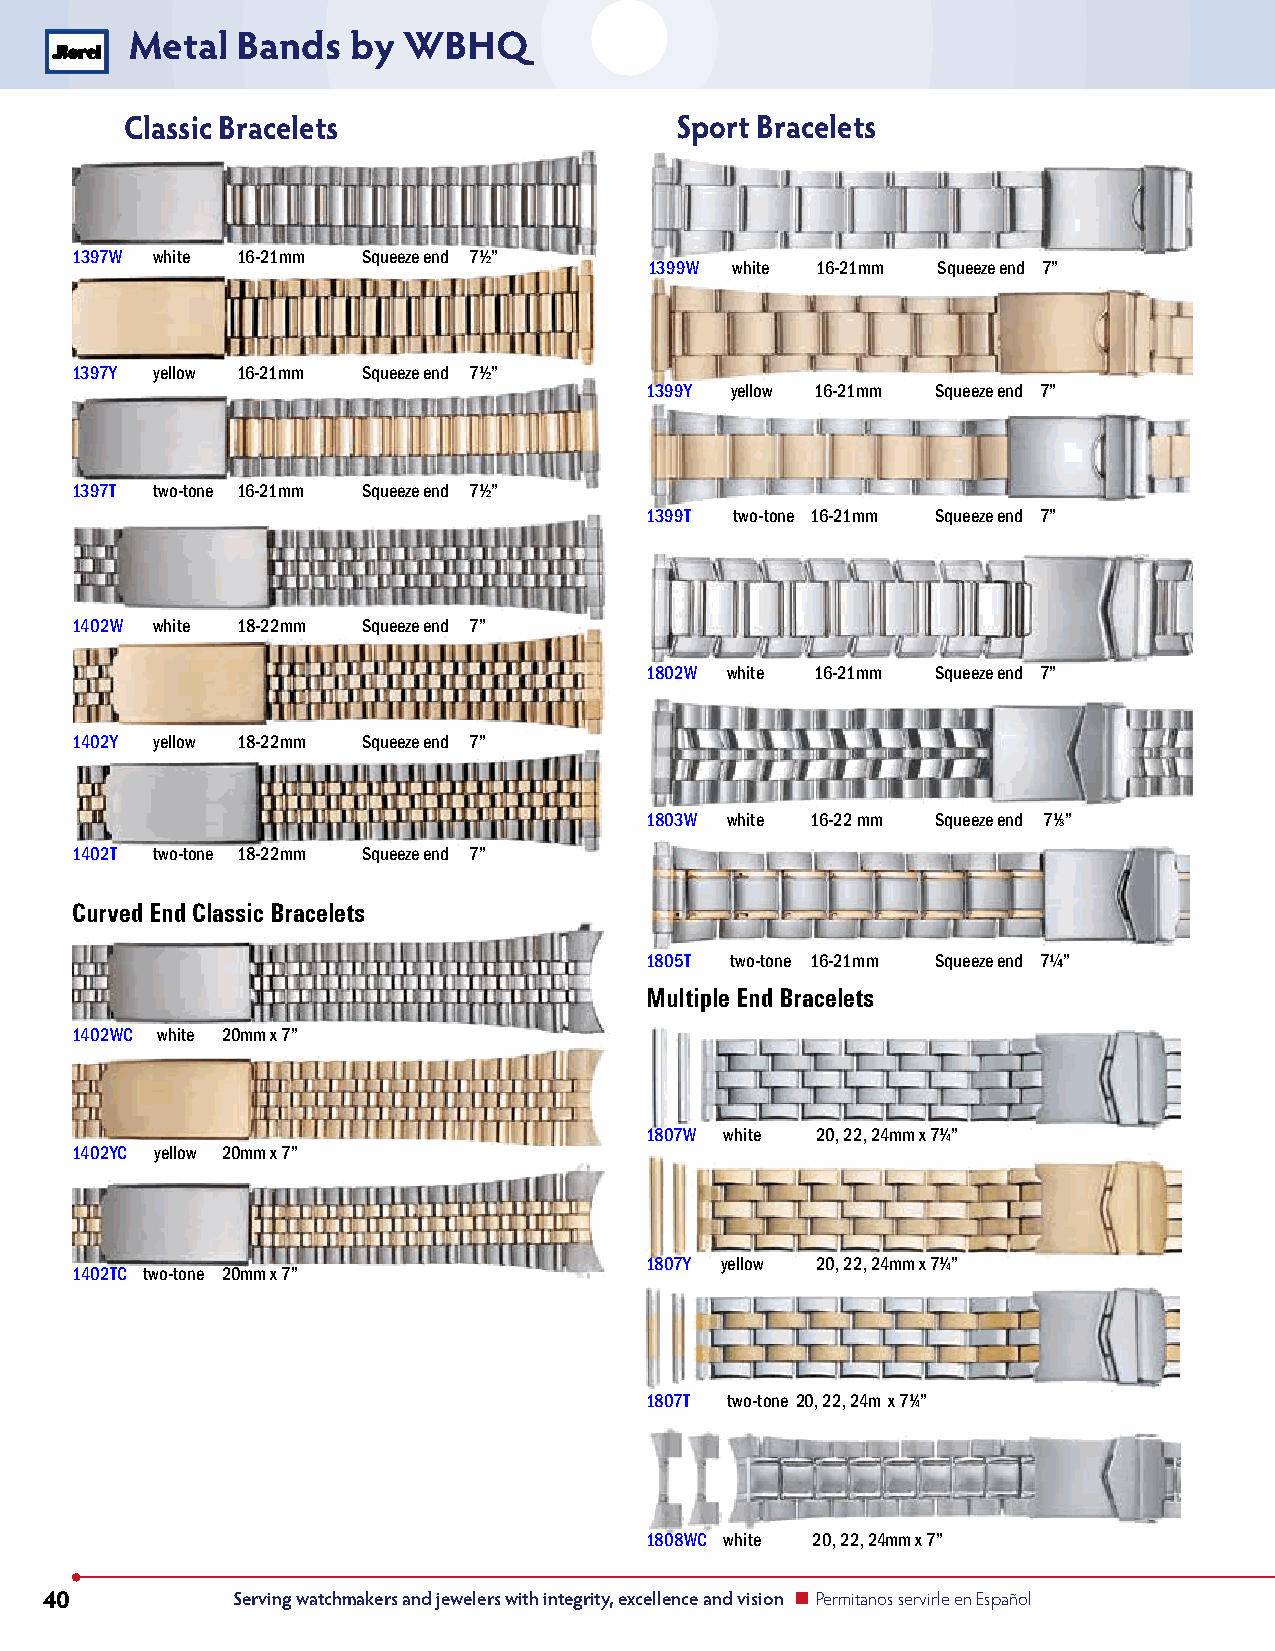
Metal  Bands  by  WBHQ
 Classic Bracelets                    Sport Bracelets
 1397W white 16-21mm Squeeze end 71⁄2”
 1399W white 16-21mm Squeeze end 7”
 1397Y yellow 16-21mm Squeeze end 71⁄2”
 1399Y yellow 16-21mm Squeeze end 7”
 1397T two-tone 16-21mm Squeeze end 71⁄2”
 1399T two-tone 16-21mm Squeeze end 7”
 1402W white 18-22mm Squeeze end 7”
 1802W white 16-21mm Squeeze end 7”
 1402Y yellow 18-22mm Squeeze end 7”
 1803W white 16-22 mm Squeeze end 71⁄8”
 1402T two-tone 18-22mm Squeeze end 7”
 Curved End Classic Bracelets
 1805T two-tone 16-21mm Squeeze end 7¼”
 Multiple End Bracelets
 1402WC white 20mm x 7”
 1807W white 20, 22, 24mm x 71⁄4”
 1402YC yellow 20mm x 7”
 1402TC two-tone 20mm x 7”
 1807Y yellow 20, 22, 24mm x 71⁄4”
 1807T two-tone 20, 22, 24m x 71⁄4”
 1808WC white 20, 22, 24mm x 7”
 40          Serving watchmakers and jewelers with integrity, excellence and vision n Permitanos servirle en Español